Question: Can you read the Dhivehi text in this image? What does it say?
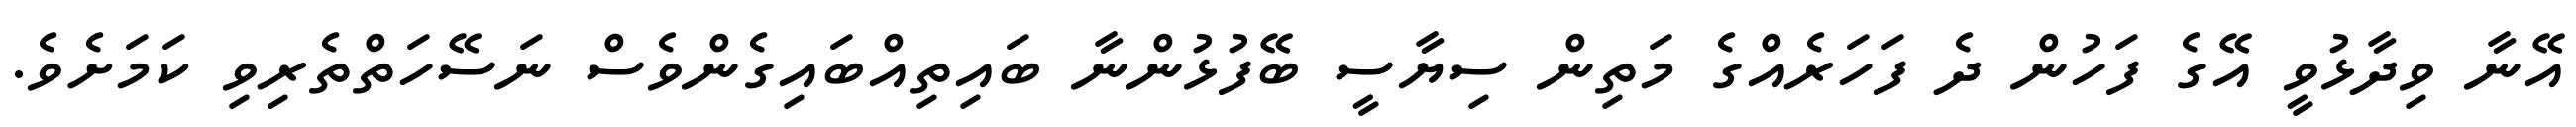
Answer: އޭނާ ވިދާޅުވީ އޭގެ ފަހުން ދެ ފަހަރެއްގެ މަތިން ސިޔާސީ ބޭފުޅުންނާ ބައިތިއްބައިގެންވެސް ނަސޭހަތްތެރިވި ކަމަށެވެ.